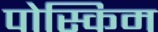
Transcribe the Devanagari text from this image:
पोस्किम